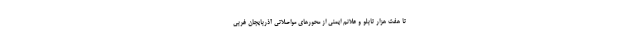
تا هفت هزار تابلو و علائم ایمنی از محورهای مواصلاتی آذربایجان غربی